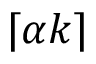
\lceil \alpha k \rceil